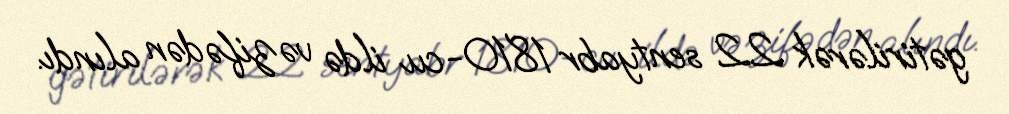
gətirilərək 22 sentyabr 1810-cu ildə vəzifədən alındı.